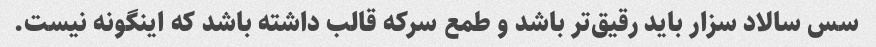
سس سالاد سزار باید رقیق‌تر باشد و طمع سرکه قالب داشته باشد که اینگونه نیست.